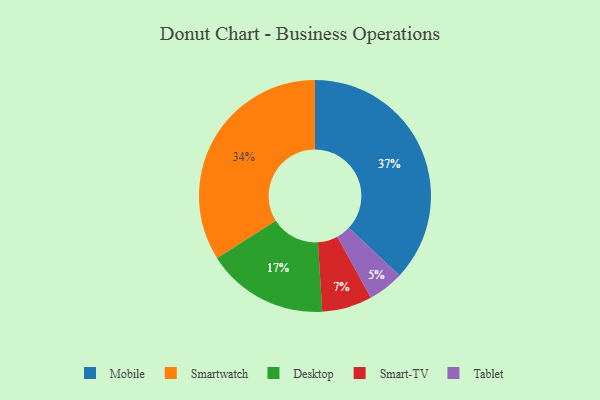
{"axis": {"x": "Category", "y": "Percentage"}, "legend": ["Desktop", "Mobile", "Smart-TV", "Smartwatch", "Tablet"], "data": [{"x": "Desktop", "y": 17, "type": "Desktop"}, {"x": "Smartwatch", "y": 34, "type": "Smartwatch"}, {"x": "Smart-TV", "y": 7, "type": "Smart-TV"}, {"x": "Mobile", "y": 37, "type": "Mobile"}, {"x": "Tablet", "y": 5, "type": "Tablet"}]}